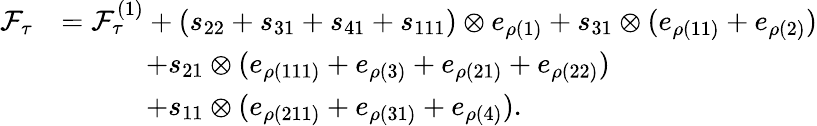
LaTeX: \begin{array}{rl}{\mathcal{F}_{\tau}}&{=\mathcal{F}_{\tau}^{(1)}+(s_{22}+s_{31}+s_{41}+s_{111})\otimes e_{\rho({1})}+s_{31}\otimes(e_{\rho({11})}+e_{\rho({2})})}\\ &{\qquad\quad+s_{21}\otimes(e_{\rho({111})}+e_{\rho({3})}+e_{\rho({21})}+e_{\rho({22})})}\\ &{\qquad\quad+s_{11}\otimes(e_{\rho({211})}+e_{\rho({31})}+e_{\rho({4})}).}\end{array}